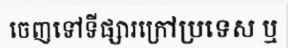
ចេញទៅទីផ្សារក្រៅប្រទេស ឬ